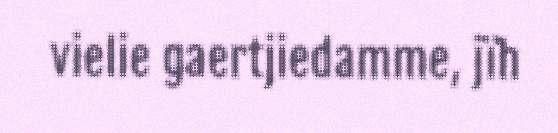
vielie gaertjiedamme, jïh